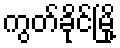
ကွတ်ခိုင်မြို့